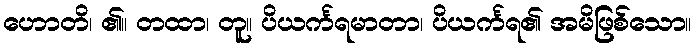
ဟောတိ၊ ၏။ တထာ၊ တူ။ ပိယင်္ကရမာတာ၊ ပိယင်္ကရ၏ အမိဖြစ်သော။